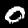
Label: 0